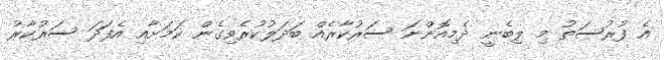
އެ ފުރުސަތު މި ލިބެނީ ދެމިއޮންނަ ސަރުކާރެއް ބަދަލުކުރެވިގެން ކަމަށާއި އެފަދަ ސަރުކާރު